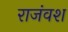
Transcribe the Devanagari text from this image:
राजंवश